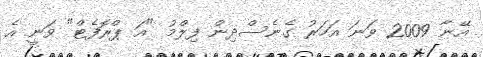
އޭނާ 2009 ވަނަ އަހަރު ގެނެސްދިން ފިލްމު "އަ ޕްރޮފެޓް" ވަނީ އެ